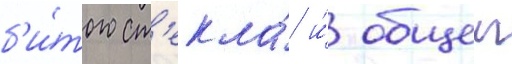
б'и́того ст'екла́ и́ общеи